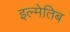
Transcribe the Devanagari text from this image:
इल्मेतिब